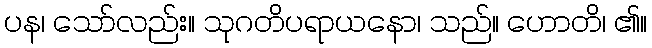
ပန၊ သော်လည်း။ သုဂတိပရာယနော၊ သည်။ ဟောတိ၊ ၏။